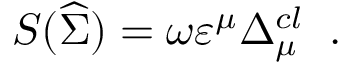
{ \cal S } ( \widehat { \Sigma } ) \; { \cal = \; } \omega \varepsilon ^ { \mu } \Delta _ { \mu } ^ { c l } \; \; .